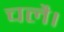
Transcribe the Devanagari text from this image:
चलै।